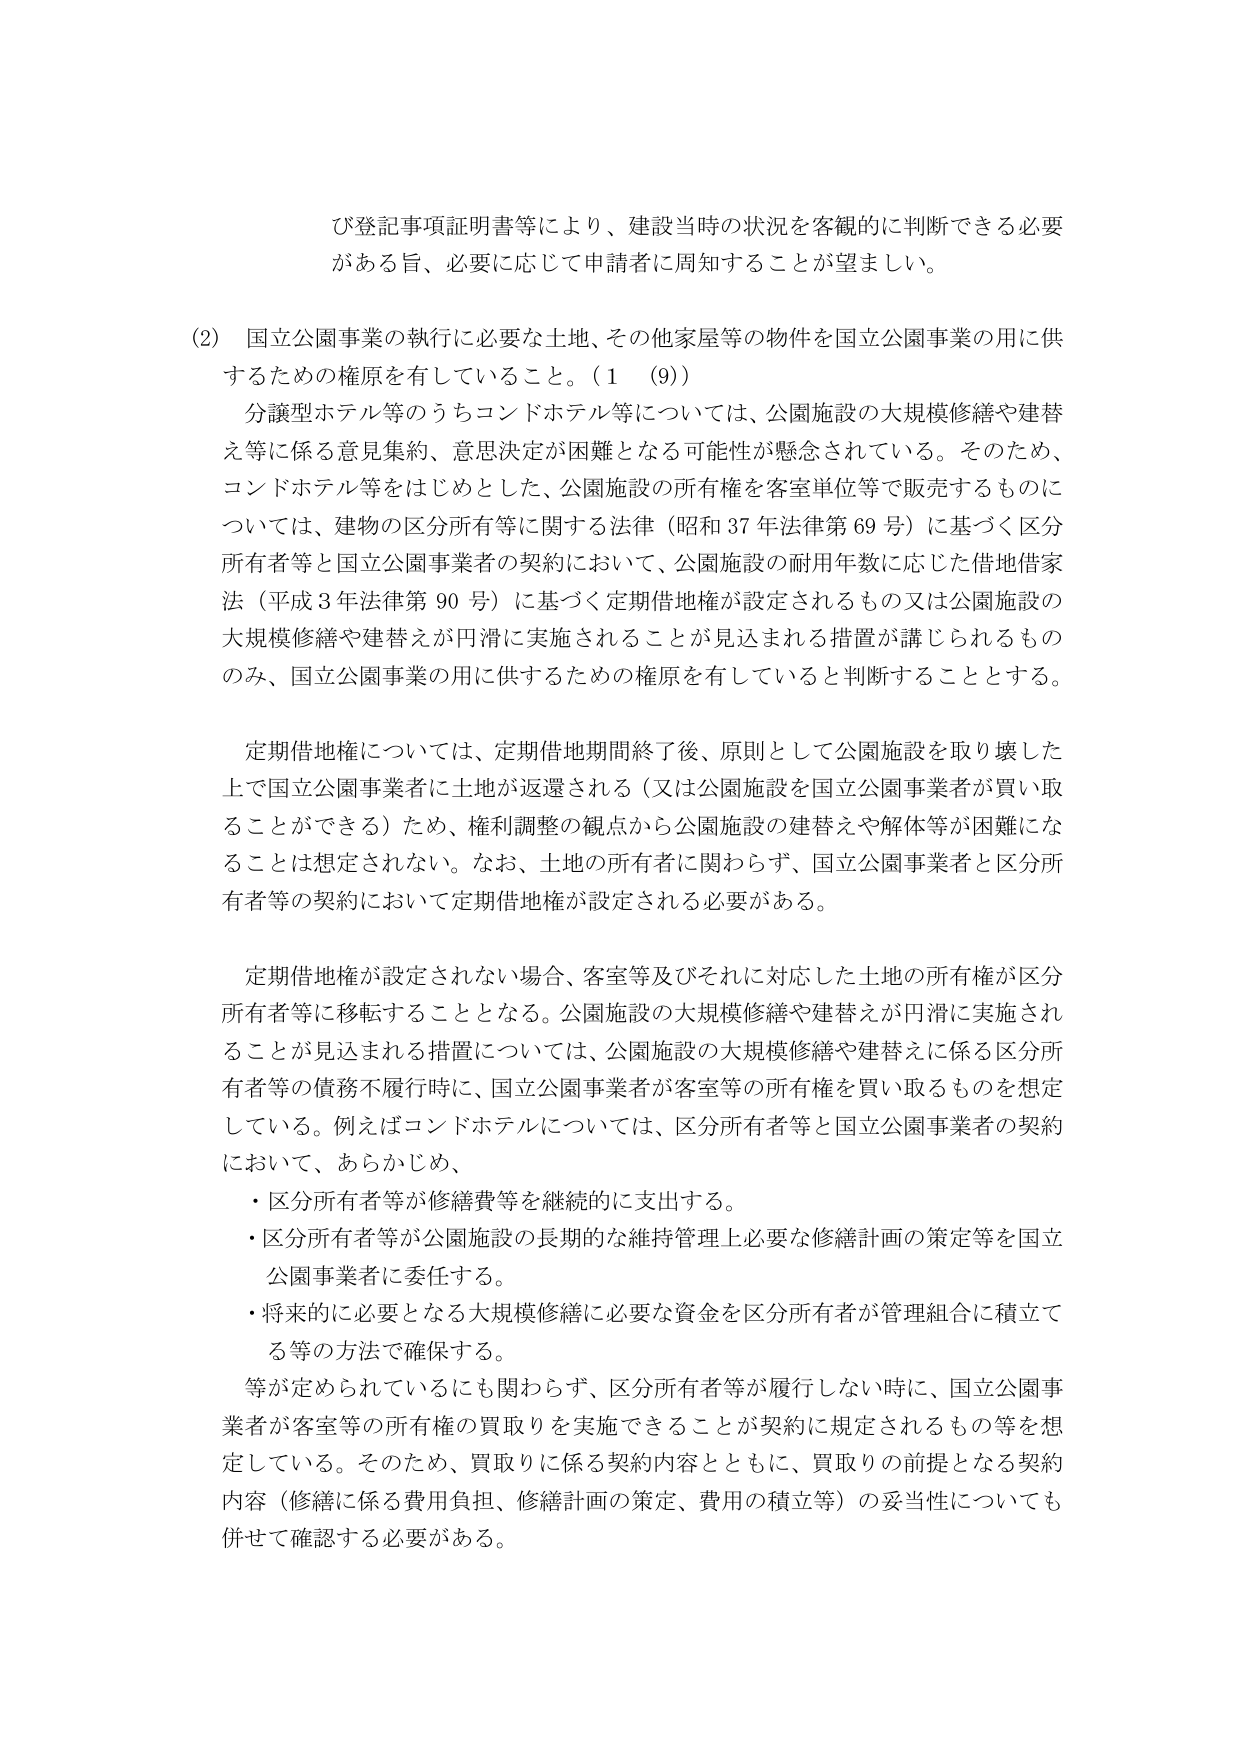
び登記事項証明書等により、建設当時の状況を客観的に判断できる必要がある旨、必要に応じて申請者に周知することが望ましい。

(2) 国立公園事業の執行に必要な土地、その他家屋等の物件を国立公園事業の用に供するための権原を有していること。（1 （9））

分譲型ホテル等のうちコンドホテル等については、公園施設の大規模修繕や建替え等に係る意見集約、意思決定が困難となる可能性が懸念されている。そのため、コンドホテル等をはじめとした、公園施設の所有権を客室単位等で販売するものについては、建物の区分所有等に関する法律（昭和37年法律第69号）に基づく区分所有者等と国立公園事業者の契約において、公園施設の耐用年数に応じた借地借家法（平成3年法律第90号）に基づく定期借地権が設定されるもの又は公園施設の大規模修繕や建替えが円滑に実施されることが見込まれる措置が講じられるもののみ、国立公園事業の用に供するための権原を有していると判断することとする。

定期借地権については、定期借地期間終了後、原則として公園施設を取り壊した上で国立公園事業者に土地が返還される（又は公園施設を国立公園事業者が買い取ることができる）ため、権利調整の観点から公園施設の建替えや解体等が困難になることは想定されない。なお、土地の所有者に関わらず、国立公園事業者と区分所有者等の契約において定期借地権が設定される必要がある。

定期借地権が設定されない場合、客室等及びそれに対応した土地の所有権が区分所有者等に移転することとなる。公園施設の大規模修繕や建替えが円滑に実施されることが見込まれる措置については、公園施設の大規模修繕や建替えに係る区分所有者等の債務不履行時に、国立公園事業者が客室等の所有権を買い取るものを想定している。例えばコンドホテルについては、区分所有者等と国立公園事業者の契約において、あらかじめ、

・区分所有者等が修繕費等を継続的に支出する。

・区分所有者等が公園施設の長期的な維持管理上必要な修繕計画の策定等を国立公園事業者に委任する。

・将来的に必要となる大規模修繕に必要な資金を区分所有者が管理組合に積立てる等の方法で確保する。

等が定められているにも関わらず、区分所有者等が履行しない時に、国立公園事業者が客室等の所有権の買取りを実施できることが契約に規定されるもの等を想定している。そのため、買取りに係る契約内容とともに、買取りの前提となる契約内容（修繕に係る費用負担、修繕計画の策定、費用の積立等）の妥当性についても併せて確認する必要がある。